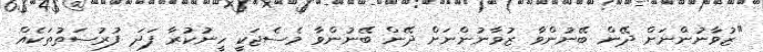
"ޒުވާނުންނަށް ދޭން ބޭނުންވާ ޒުވާނުންނަށް ދޭން ބޭނުންވާ މެސެޖަކީ ހީނުކުރާ ފަދަ ފުރުސަތުތަކެއް